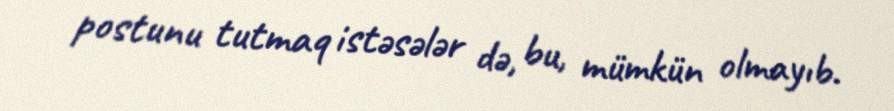
postunu tutmaq istəsələr də, bu, mümkün olmayıb.